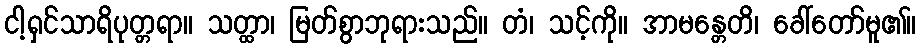
ငါ့ရှင်သာရိပုတ္တရာ။ သတ္ထာ၊ မြတ်စွာဘုရားသည်။ တံ၊ သင့်ကို။ အာမန္တေတိ၊ ခေါ်တော်မူ၏။